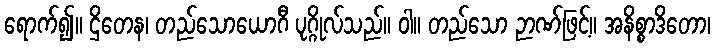
ရောက်၍။ ဌိတေန၊ တည်သောယောဂီ ပုဂ္ဂိုလ်သည်။ ဝါ။ တည်သော ဉာဏ်ဖြင့်။ အနိစ္စာဒိတော၊